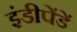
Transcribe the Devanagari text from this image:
इंडीपेंडें